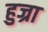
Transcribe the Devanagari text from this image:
हुज्रा